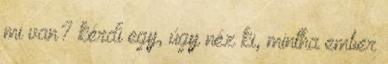
mi van? kérdi egy, úgy néz ki, mintha ember